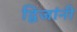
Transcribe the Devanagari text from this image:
द्विजांनी